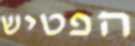
הפטיש